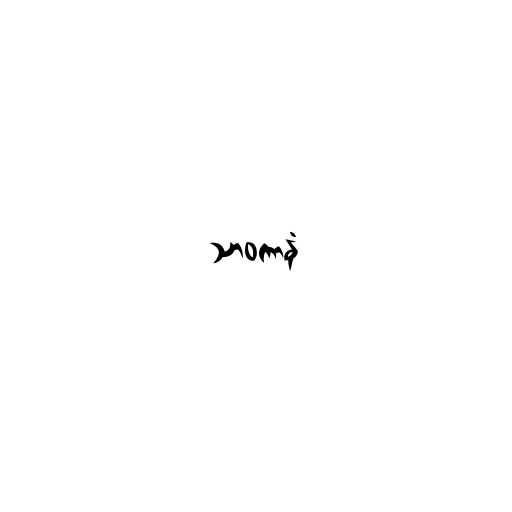
သာဝကာနံ